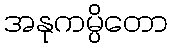
အနုကမ္ပိတော